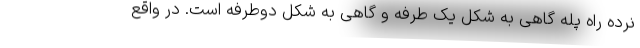
نرده راه پله گاهی به شکل یک طرفه و گاهی به شکل دوطرفه است. در واقع